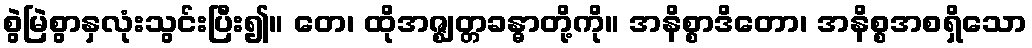
စွဲမြဲစွာနှလုံးသွင်းပြီး၍။ တေ၊ ထိုအဇ္ဈတ္တခန္ဓာတို့ကို။ အနိစ္စာဒိတော၊ အနိစ္စအစရှိသော